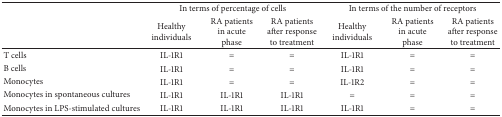
<table><thead><tr><td><b> </b></td><td colspan="3"><b>In terms of percentage of cells</b></td><td colspan="3"><b>In terms of the number of receptors</b></td></tr><tr><td><b> </b></td><td><b>Healthy individuals</b></td><td><b>RA patients in acute phase</b></td><td><b>RA patients after response to treatment</b></td><td><b>Healthy individuals</b></td><td><b>RA patients in acute phase</b></td><td><b>RA patients after response to treatment</b></td></tr></thead><tbody><tr><td>T cells</td><td>IL-1R1</td><td>=</td><td>=</td><td>IL-1R1</td><td>=</td><td>=</td></tr><tr><td>B cells</td><td>IL-1R1</td><td>=</td><td>=</td><td>IL-1R1</td><td>=</td><td>=</td></tr><tr><td>Monocytes</td><td>IL-1R1</td><td>=</td><td>=</td><td>IL-1R2</td><td>=</td><td>=</td></tr><tr><td>Monocytes in spontaneous cultures</td><td>IL-1R1</td><td>IL-1R1</td><td>IL-1R1</td><td>=</td><td>=</td><td>=</td></tr><tr><td>Monocytes in LPS-stimulated cultures</td><td>IL-1R1</td><td>IL-1R1</td><td>IL-1R1</td><td>IL-1R1</td><td>=</td><td>=</td></tr></tbody></table>